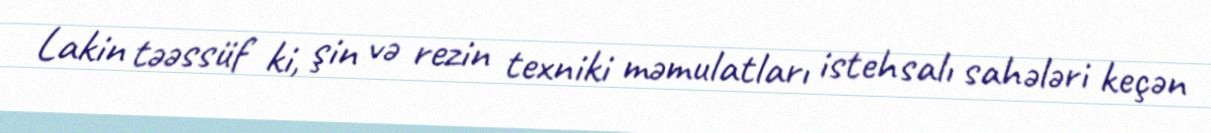
Lakin təəssüf ki, şin və rezin texniki məmulatları istehsalı sahələri keçən